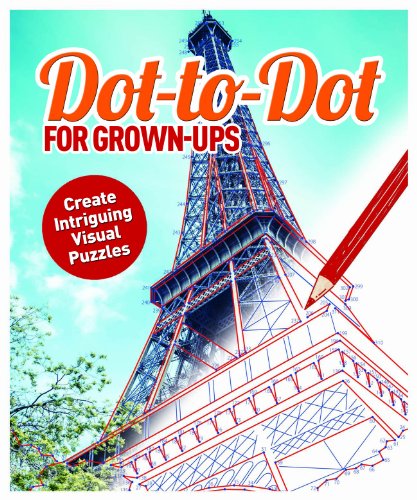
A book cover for Dot to Dot for Grown-Ups; David Woodroffe; Humor & Entertainment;